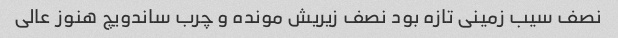
نصف سیب زمینی تازه بود نصف زیریش مونده و چرب ساندویچ هنوز عالی